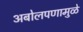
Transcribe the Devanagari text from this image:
अबोलपणामुळे